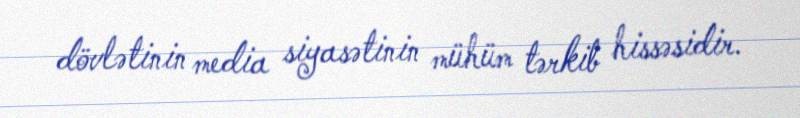
dövlətinin media siyasətinin mühüm tərkib hissəsidir.